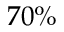
7 0 \%